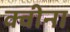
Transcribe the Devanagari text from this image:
क्वीना